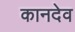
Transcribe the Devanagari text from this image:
कानदेव